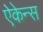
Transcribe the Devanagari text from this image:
ऐकेन्स